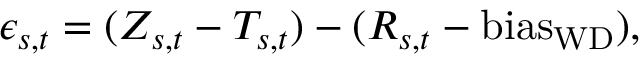
\epsilon _ { s , t } = ( Z _ { s , t } - T _ { s , t } ) - ( R _ { s , t } - \mathrm { b i a s _ { W D } } ) ,